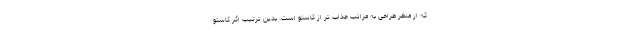
که از منظر طراحی به مراتب جذاب تر از کاستو است. بدین ترتیب اگر کاستو